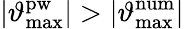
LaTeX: \left|\vartheta_{\mathrm{max}}^{\mathrm{pw}}\right|>\left|\vartheta_{\mathrm{max}}^{\mathrm{num}}\right|